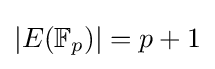
|E(\mathbb {F} _{p})|=p+1